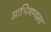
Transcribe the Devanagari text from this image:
आभिगम्यता